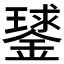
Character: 𨫣